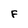
Character: F